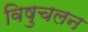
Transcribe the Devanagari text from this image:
विषुचलन